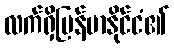
လက်ရှိမြန်မာနိုင်ငံ၏